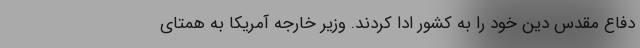
دفاع مقدس دین خود را به کشور ادا کردند. وزیر خارجه آمریکا به همتای